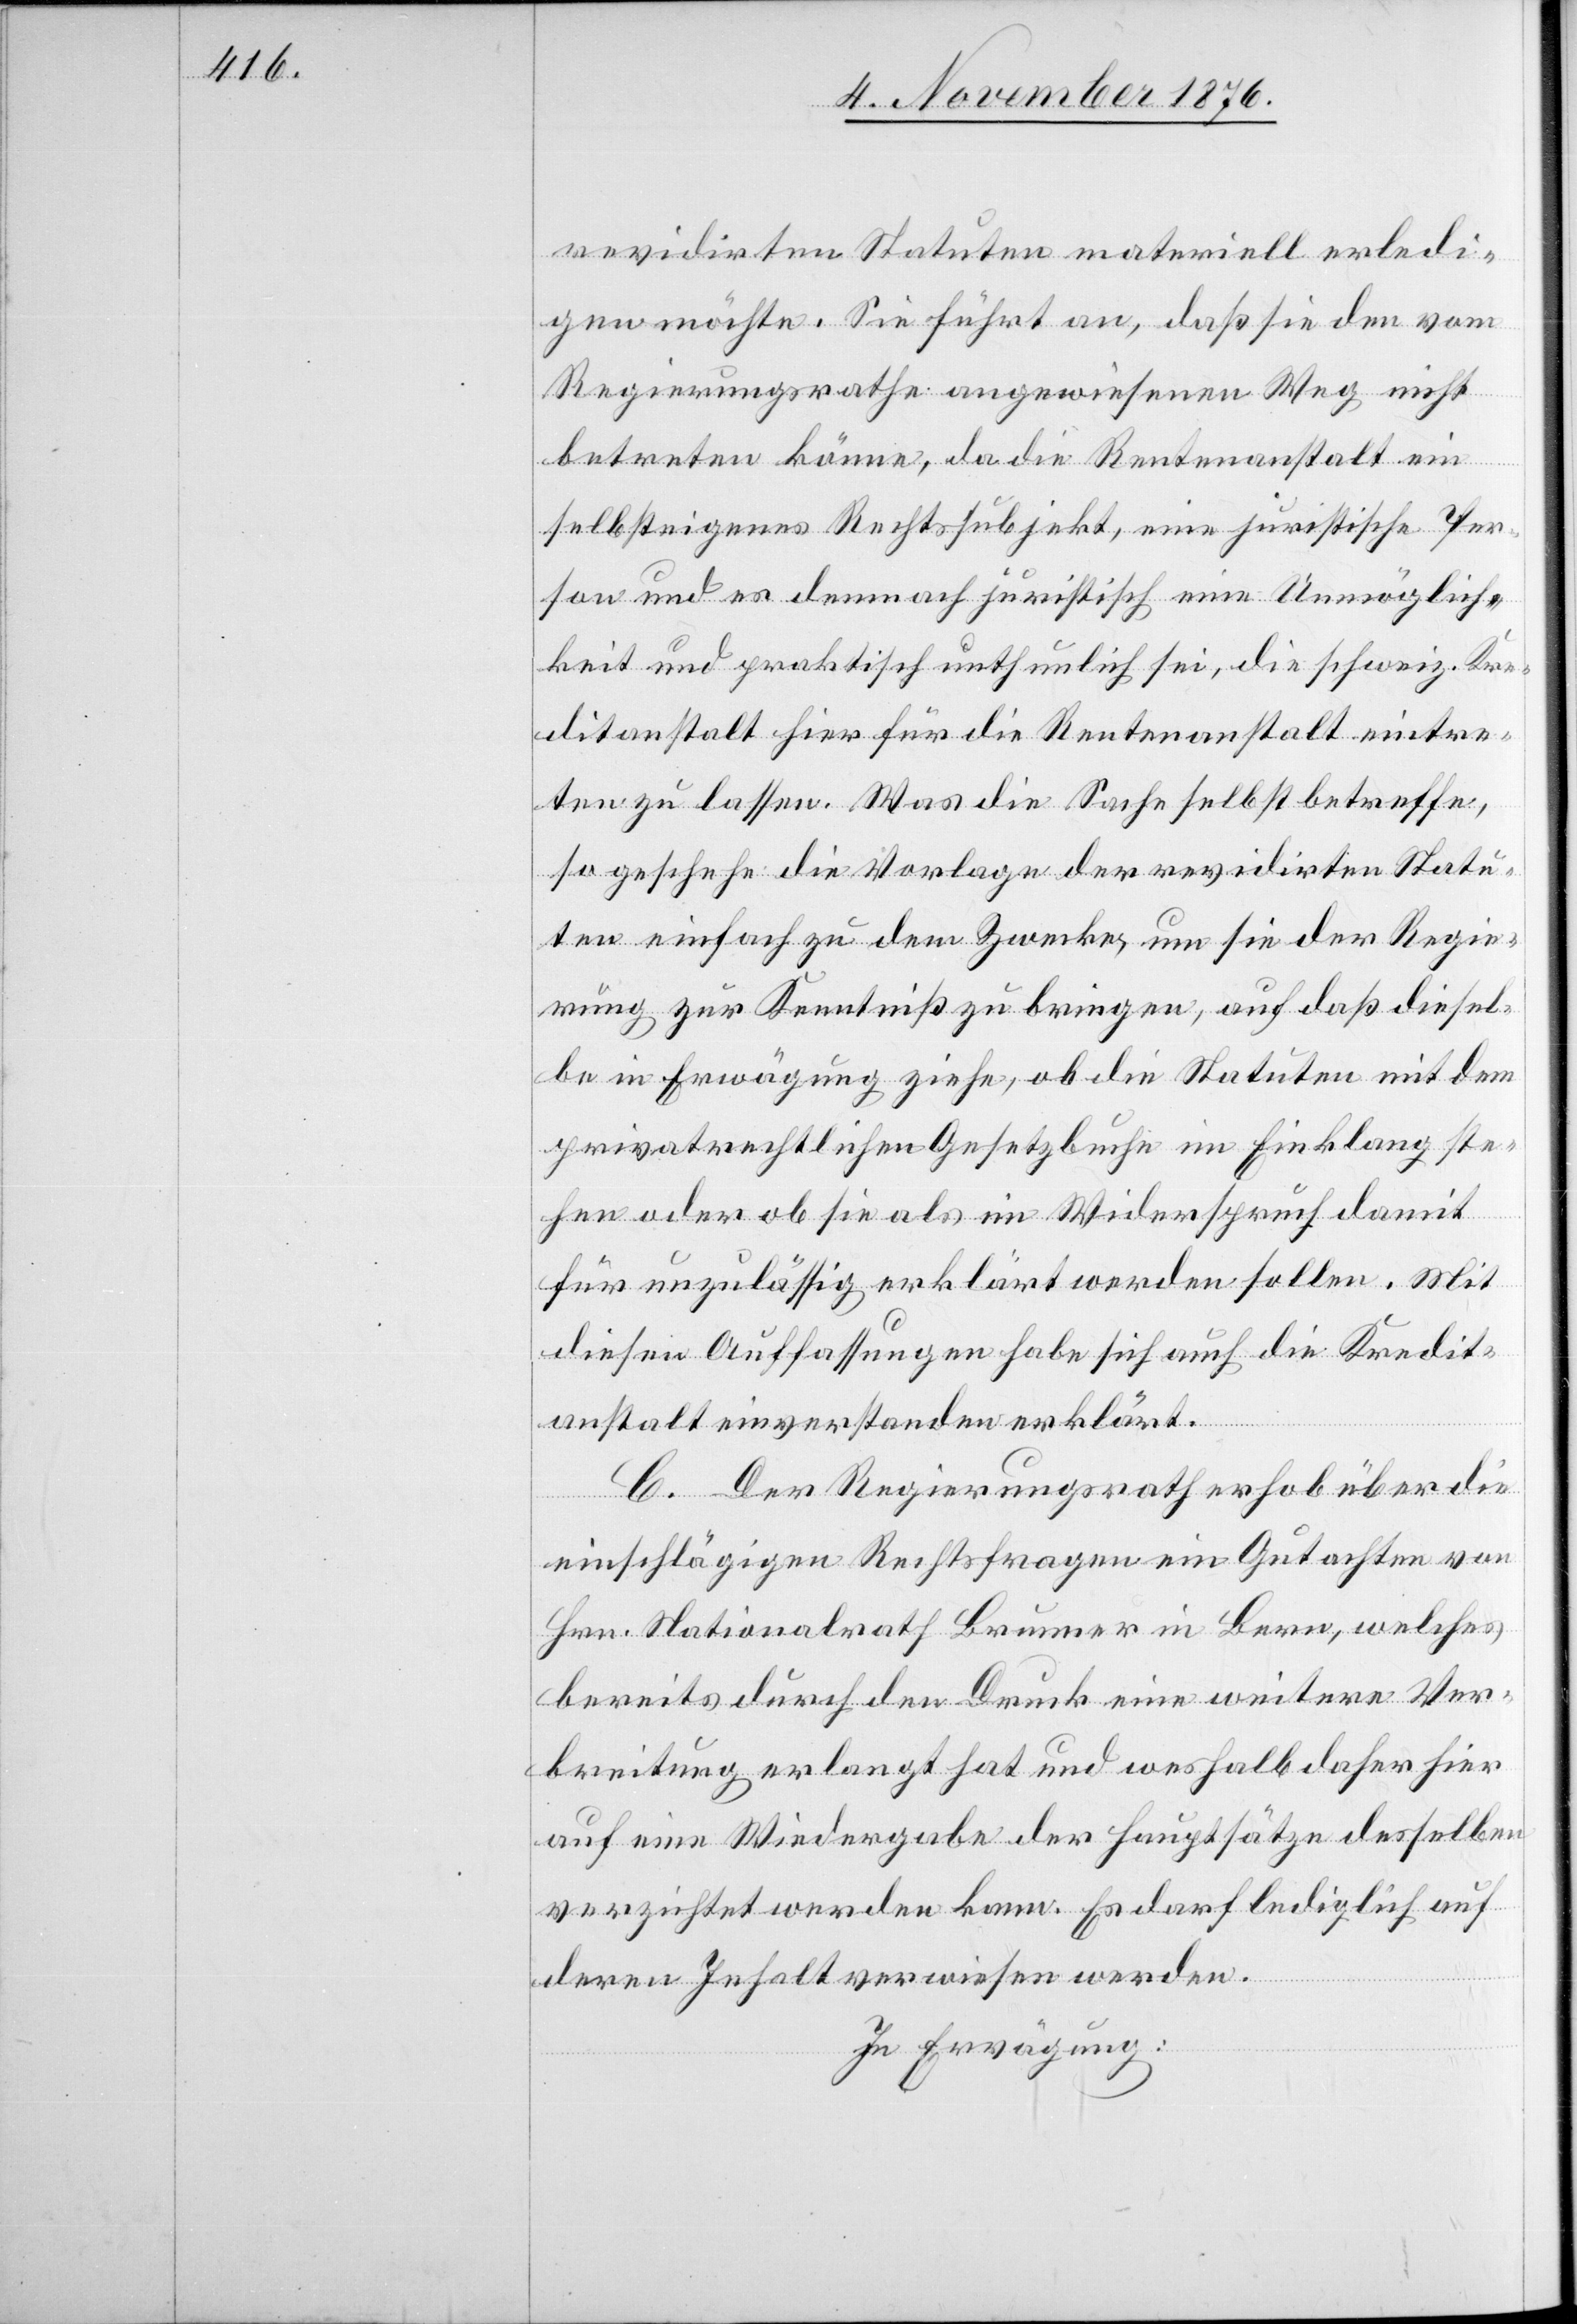
revidirten Statuten materiell erledi¬
gen möchte. Sie führt an, daß sie den vom
Regierungsrathe angewiesenen Weg nicht
betreten könne, da die Rentenanstalt ein
selbsteigenes Rechtssubjekt, eine juristische Per¬
son und es demnach juristisch eine Unmöglich¬
keit und praktisch unthunlich sei, die schweiz. Kre¬
ditanstalt hier für die Rentenanstalt eintre¬
ten zu lassen. Was die Sache selbst betreffe,
so geschehe die Vorlage der revidirten Statu¬
ten einfach zu dem Zwecke, um sie der Regie¬
rung zur Kenntniß zu bringen, auf daß diesel¬
be in Erwägung ziehe, ob die Statuten mit dem
privatrechtlichen Gesetzbuche im Einklang ste¬
hen oder ob sie als im Widerspruch damit
für unzulässig erklärt werden sollen. Mit
diesen Auffassungen habe sich auch die Kredit¬
anstalt einverstanden erklärt.
C. Der Regierungsrath erhob über die
einschlägigen Rechtsfragen ein Gutachten von
Hrn. Nationalrath Brunner in Bern, welches
bereits durch den Druck eine weitere Ver¬
breitung erlangt hat und weshalb daher hier
auf eine Wiedergabe der Hauptsätze desselben
verzichtet werden kann. Es darf lediglich auf
deren Inhalt verweisen werden.
In Erwägung: